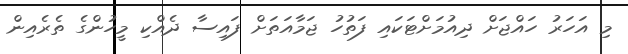
މި އަހަރު ހައްޖަށް ދިއުމަށްޓަކައި ފަތުހު ޖަމާއަތަށް ފައިސާ ދެއްކި މީހުންގެ ތެރެއިން